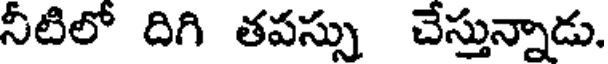
నీటిలో దిగి తపస్సు చేస్తున్నాడు.